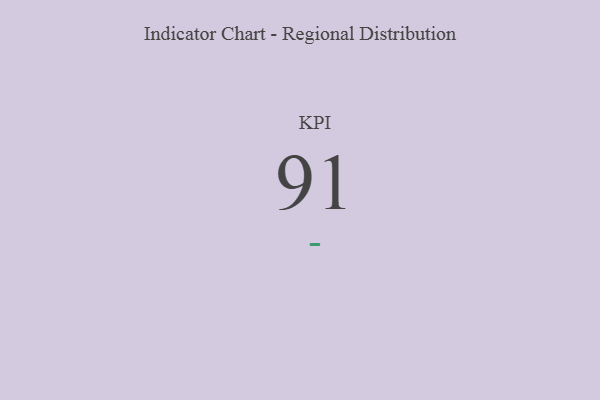
{"axis": {"x": "KPI", "y": "Value"}, "legend": [""], "data": [{"x": "KPI", "y": 91, "type": ""}]}